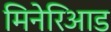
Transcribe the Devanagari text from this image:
मिनेरिआड